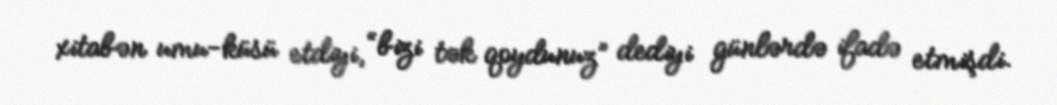
xitabən umu-küsü etdiyi, “bizi tək qoydunuz” dediyi günlərdə ifadə etmişdi.